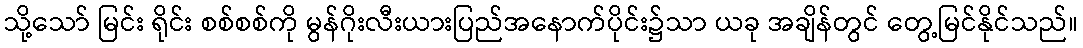
သို့သော် မြင်း ရိုင်း စစ်စစ်ကို မွန်ဂိုးလီးယားပြည်အနောက်ပိုင်း၌သာ ယခု အချိန်တွင် တွေ့မြင်နိုင်သည်။